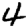
Digit: 4